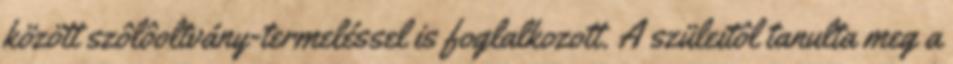
között szôlôoltvány-termeléssel is foglalkozott. A szüleitôl tanulta meg a